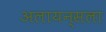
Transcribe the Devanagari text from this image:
अलायन्सला